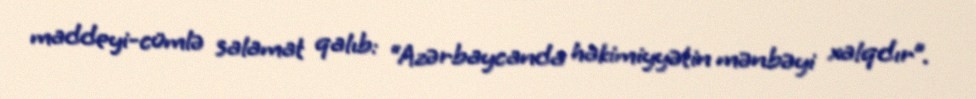
maddeyi-cümlə salamat qalıb: “Azərbaycanda hakimiyyətin mənbəyi xalqdır”.